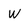
Character: W